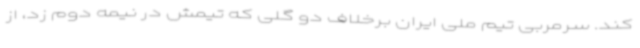
کند. سرمربی تیم ملی ایران برخلاف دو گلی که تیمش در نیمه دوم زد، از